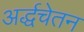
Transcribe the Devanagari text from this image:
अर्द्धचेतन